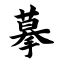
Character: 摹